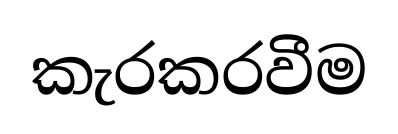
කැරකරවීම